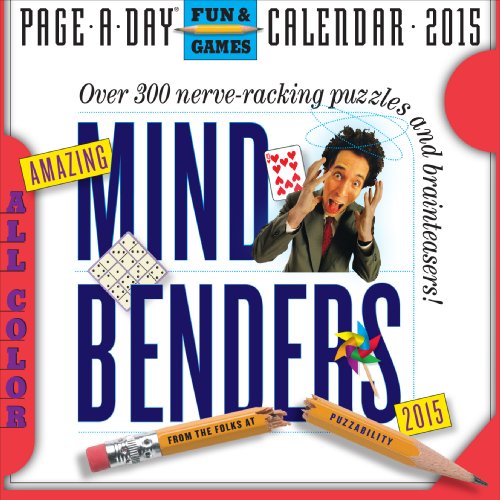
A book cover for Amazing Mind Benders 2015 Page-A-Day Calendar; Puzzability; Calendars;